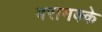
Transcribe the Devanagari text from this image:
बरामक्के